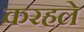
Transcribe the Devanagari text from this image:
करहले